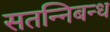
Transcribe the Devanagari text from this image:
सतन्निबन्ध